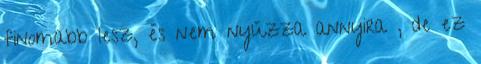
finomabb lesz, és nem nyúzza annyira , de ez